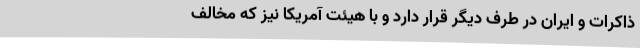
ذاکرات و ایران در طرف دیگر قرار دارد و با هیئت آمریکا نیز که مخالف